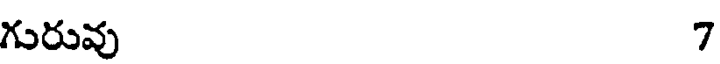
గురువు 7